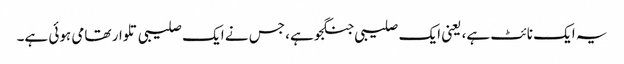
یہ ایک نائٹ ہے، یعنی ایک صلیبی جنگجو ہے، جس نے ایک صلیبی تلوار تھامی ہوئی ہے۔